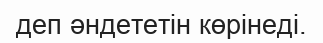
деп әндететiн көрiнедi.